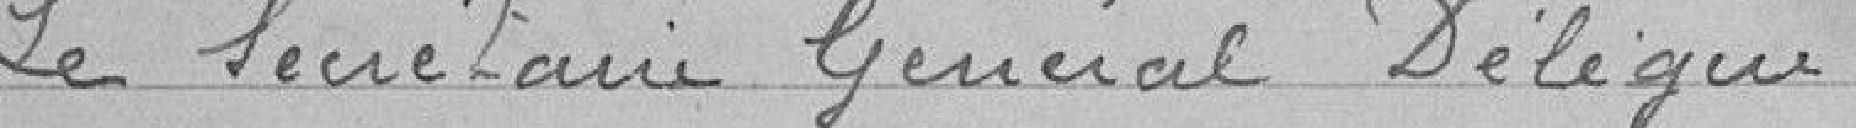
Le Secrétaire Général Délégué